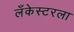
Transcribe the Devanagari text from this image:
लँकेस्टरला